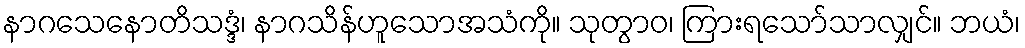
နာဂသေနောတိသဒ္ဒံ၊ နာဂသိန်ဟူသောအသံကို။ သုတွာဝ၊ ကြားရသော်သာလျှင်။ ဘယံ၊